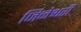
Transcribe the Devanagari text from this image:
जिनेश्वरी